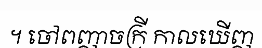
។ ចៅពញាចក្រី កាលឃើញ